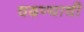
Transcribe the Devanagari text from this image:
चढण्याची